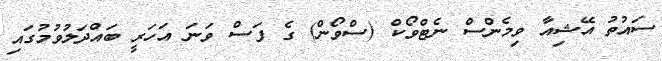
ސައުތު އޭޝިއާ ވިމެންސް ނެޓްވޯކް (ސްވޯން) ގެ ފަސް ވަނަ އަހަރީ ބައްދަލުވުމުގައި